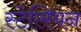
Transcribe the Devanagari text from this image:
स्टेलियन